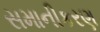
સમાનીકરણ